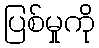
ပြစ်မှုကို